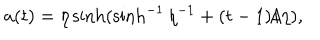
a ( t ) = \eta \sinh ( \sinh ^ { - 1 } \eta ^ { - 1 } + ( t - 1 ) / \eta ) ,